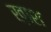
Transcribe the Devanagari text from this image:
ख़ाश